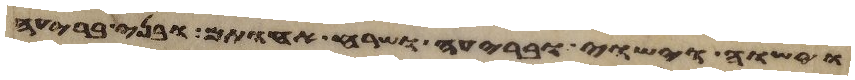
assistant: וישוה וישוי ובריעה ושרח אחותם ובני בריעה